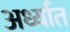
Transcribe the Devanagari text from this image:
अर्ध्यात